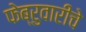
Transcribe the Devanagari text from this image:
फेब्रुवारीचे